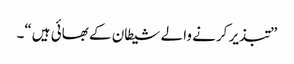
”تبذیر کرنے والے شیطان کے بھائی ہیں“۔